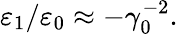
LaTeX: \varepsilon_{1}/\varepsilon_{0}\approx-\gamma_{0}^{-2}.